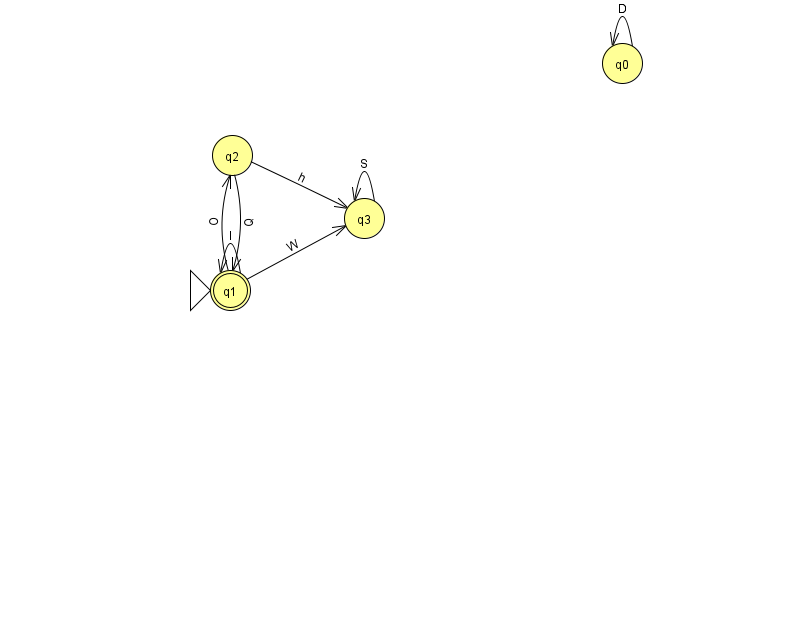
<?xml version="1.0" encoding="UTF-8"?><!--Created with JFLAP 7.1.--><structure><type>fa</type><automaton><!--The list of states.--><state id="0" name="q0"><x>622.0</x><y>50.0</y></state><state id="1" name="q1"><x>230.0</x><y>277.0</y><initial/><final/></state><state id="2" name="q2"><x>232.0</x><y>142.0</y></state><state id="3" name="q3"><x>364.0</x><y>205.0</y></state><!--The list of transitions.--><transition><from>1</from><to>2</to><read>O</read></transition><transition><from>3</from><to>3</to><read>S</read></transition><transition><from>0</from><to>0</to><read>D</read></transition><transition><from>1</from><to>1</to><read>l</read></transition><transition><from>2</from><to>1</to><read>Q</read></transition><transition><from>2</from><to>3</to><read>h</read></transition><transition><from>1</from><to>3</to><read>W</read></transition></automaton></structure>